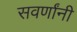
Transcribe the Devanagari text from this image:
सवर्णांनी